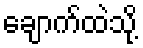
ချောက်ထဲသို့